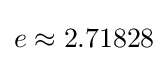
e\approx 2.71828